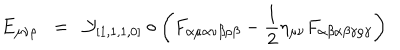
LaTeX: E _ { \mu \nu \rho } \; \; = \; \; { \cal { Y } } _ { [ 1 , 1 , 1 , 0 ] } \circ \left( F _ { \alpha \mu \alpha \nu \beta \rho \beta } - \frac { 1 } { 2 } \eta _ { \mu \nu } F _ { \alpha \beta \alpha \beta \gamma \rho \gamma } \right)